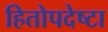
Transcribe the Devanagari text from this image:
हितोपदेष्टा